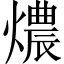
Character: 燶